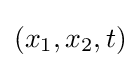
(x_{1},x_{2},t)